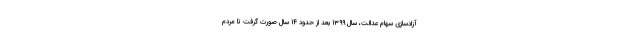
آزادسازی سهام عدالت، سال ۱۳۹۹ بعد از حدود ۱۴ سال صورت گرفت تا مردم